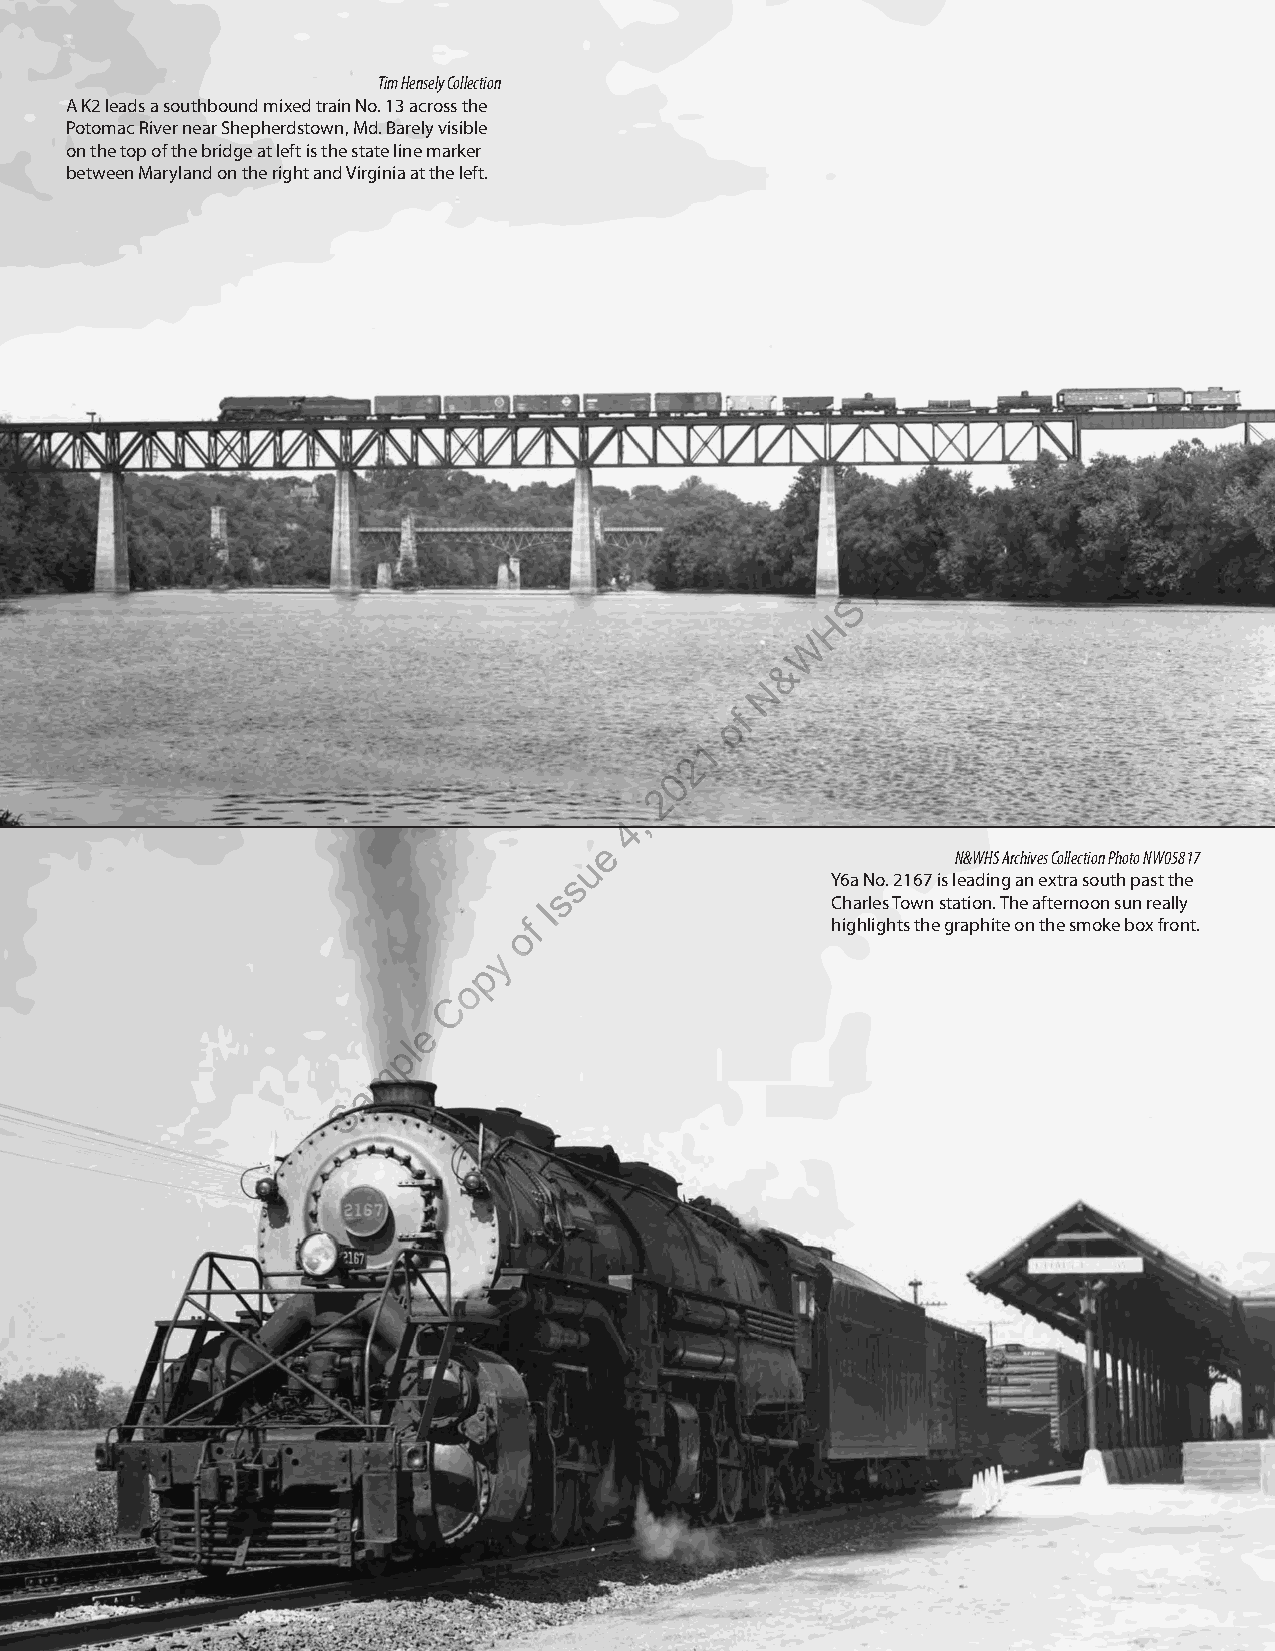
Tim Hensely Collection
 A K2 leads a southbound mixed train No. 13 across the
 Potomac River near Shepherdstown, Md. Barely visible
 on the top of the bridge at left is the state line marker
 between Maryland on the right and Virginia at the left.
 w
 o
 r
 r
 A
 S
 H
 W
 &
 N
 f
 o
 1
 2
 0
 2
 ,
 4
 e
 u                       N&WHS Archives Collection Photo NW05817
 s                Y6a No. 2167 is leading an extra south past the
 s
 I                  Charles Town station. The afternoon sun really
 of                   highlights the graphite on the smoke box front.
 y
 p
 o
 C
 e
 l
 p
 m
 a
 S
 The Arrow • October-November-December 2021 • 37-4 • 29